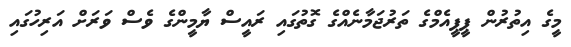
މީގެ އިތުރުން ޕީޕީއެމްގެ ތަރުޖަމާނެއްގެ ގޮތުގައި ރައީސް ޔާމީންގެ ވެސް ވަރަށް އަރިހުގައި